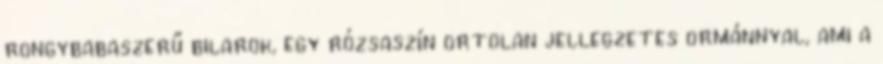
rongybabaszerű bilarok, egy rózsaszín ortolan jellegzetes ormánnyal, ami a